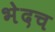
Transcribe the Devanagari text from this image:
भेदच